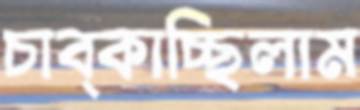
চাব্‌কাচ্ছিলাম